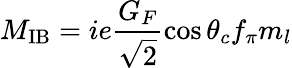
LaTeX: M_{\mathrm{IB}}=ie\frac{G_{F}}{\sqrt{2}}\cos\theta_{c}f_{\pi}m_{l}